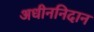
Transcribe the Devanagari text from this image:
अधीननिदान